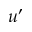
u ^ { \prime }